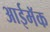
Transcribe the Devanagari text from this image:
आईमॅक